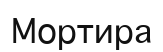
Мортира